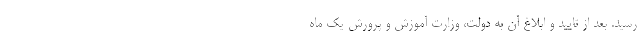
رسید. بعد از تایید و ابلاغ آن به دولت، وزارت آموزش و پرورش یک ماه